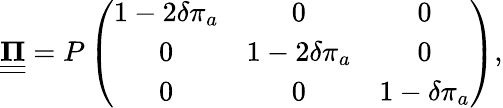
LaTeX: \underline{{\underline{{\mathbf{\Pi}}}}}=P\left(\begin{array}{ccc}{1-2\delta\pi_{a}}&{0}&{0}\\ {0}&{1-2\delta\pi_{a}}&{0}\\ {0}&{0}&{1-\delta\pi_{a}}\end{array}\right),